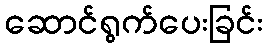
ဆောင်ရွက်ပေးခြင်း